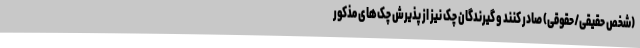
(شخص حقیقی/حقوقی) ‌صادر کنند و گیرندگان چک نیز از پذیرش چک‌های مذکور